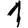
Digit: 1